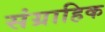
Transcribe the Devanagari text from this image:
संग्राहिक